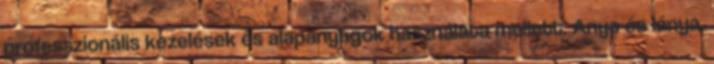
professzionális kezelések és alapanyagok használata mellett. Anya és lánya,